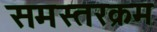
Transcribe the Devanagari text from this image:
समस्तरक्रम